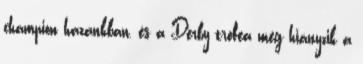
champion hazánkban, és a Derby trófea még hiányzik a